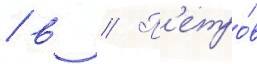
/ в // П'етро́в